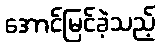
အောင်မြင်ခဲ့သည့်